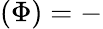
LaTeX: (\Phi)=-